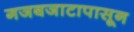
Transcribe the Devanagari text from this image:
गजबजाटापासून